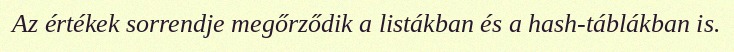
Az értékek sorrendje megőrződik a listákban és a hash-táblákban is.